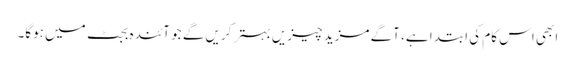
ابھی اس کام کی ابتدا ہے، آگے مزید چیزیں بہتر کریں گے جو آئندہ بجٹ میں ہوگا۔